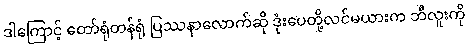
ဒါကြောင့် တော်ရုံတန်ရုံ ပြဿနာလောက်ဆို ဒုံးပေတို့လင်မယားက ဘီလူးကို